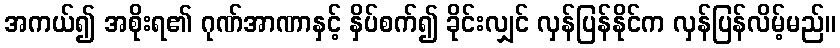
အကယ်၍ အစိုးရ၏ ဂုဏ်အာဏာနှင့် နှိပ်စက်၍ ခိုင်းလျှင် လှန်ပြန်နိုင်က လှန်ပြန်လိမ့်မည်။